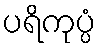
ပရိကုပ္ပံ